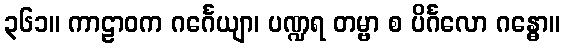
၃၆၁။ ကာဠာဝက ဂင်္ဂေယျာ၊ ပဏ္ဍရ တမ္ဗာ စ ပိင်္ဂလော ဂန္ဓော။